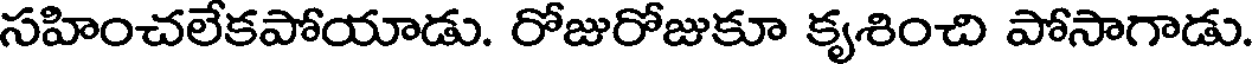
సహించలేకపోయాడు. రోజురోజుకూ కృశించి పోసాగాడు.